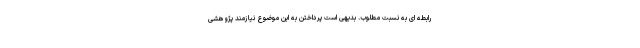
رابطه ای به نسبت مطلوب. بدیهی است پرداختن به این موضوع نیازمند پژوهشی